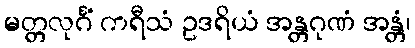
မတ္တလုင်္ဂံ ကရီသံ ဥဒရိယံ အန္တဂုဏံ အန္တံ၊